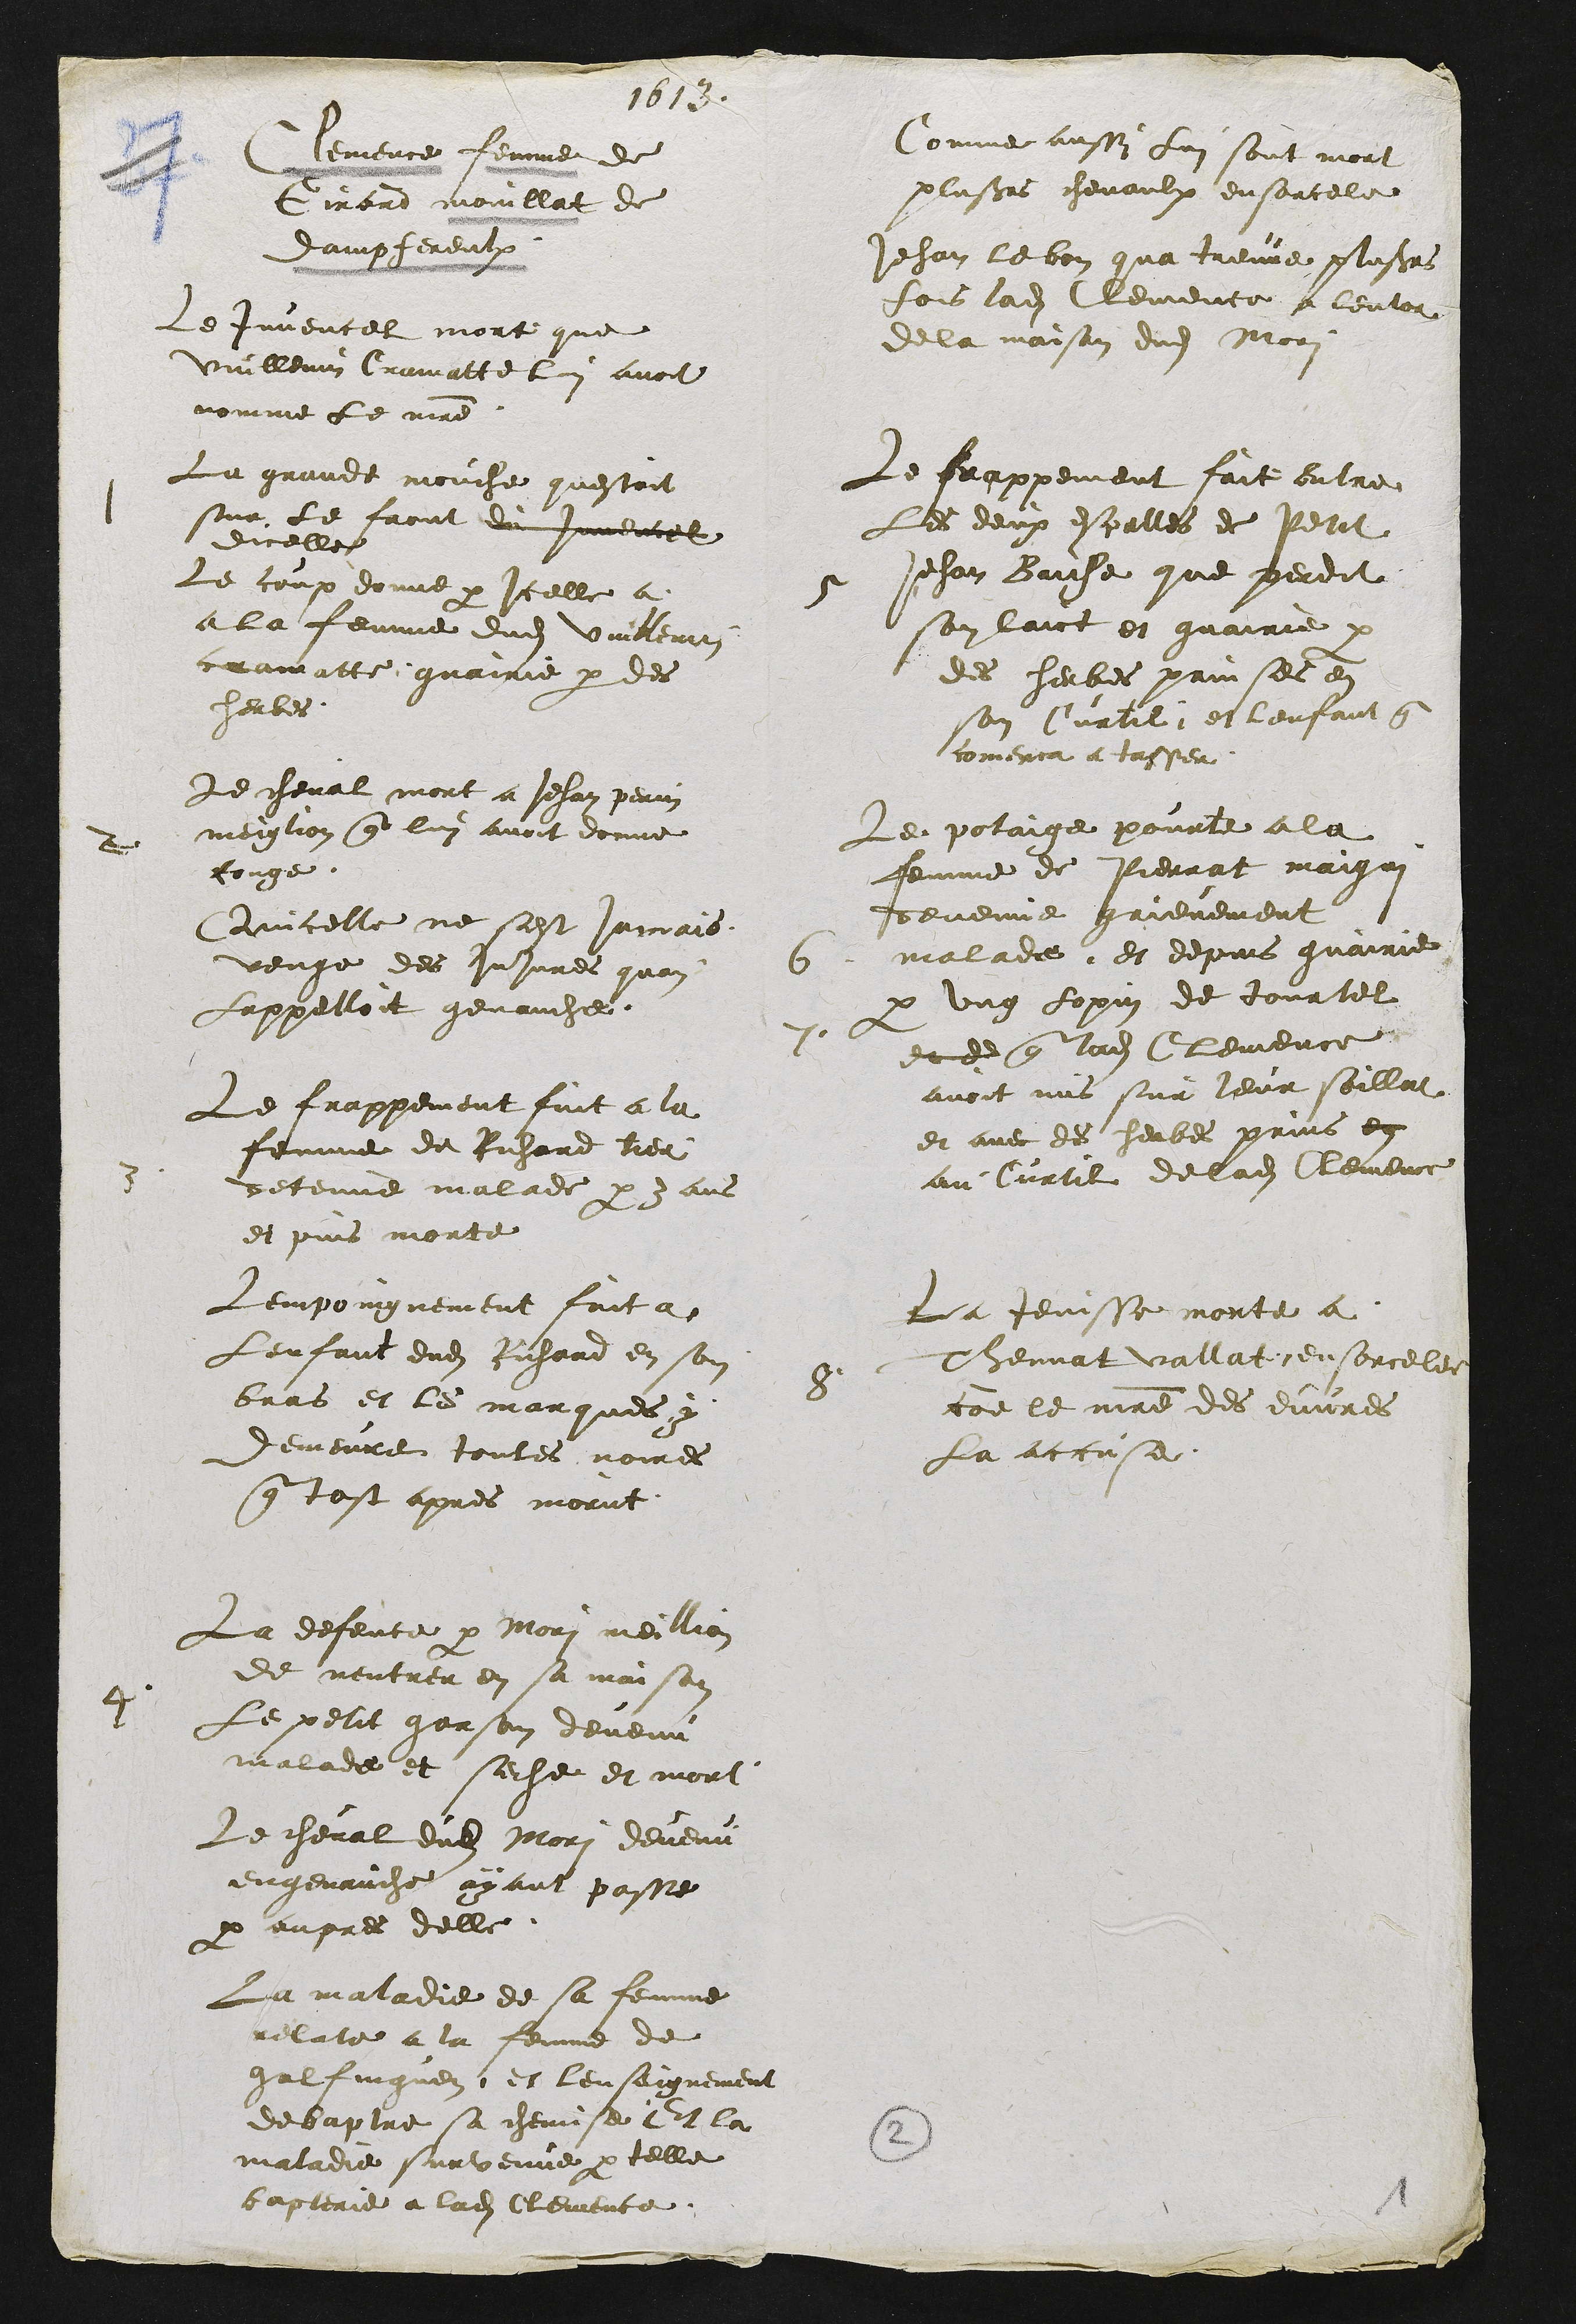
1613
Clemences femme de
Girard moullat de
dampfereulx
Le Juvencel mort que
Vuillemin Cramatte lui avoit
nomme le maitre
1
La grande mouche questoit
sur le front du juvencel
dicelle
Le componne par Icelle a
a la femme dudit villemin
ramatte guairie par des
herbes
2
Le cheval mort a Jehan perrin
meiglion que lui avoit donne
couge
Quicelle ne sest jaccais
venge des injures quon
Lappelloit genauche
3
Le frappement fut a la
femme de Richard tier
detenue malade par y ans
et puis morte
empoingnement fait a
Lenfant dudit Richard en son
bras et le marques y
demeure toutes noires
que tost apres morut
4
La defence par Mori maillion
de mentrer en sa maison
Le petit garson devenu
malade et seche et mort
Le cheval dudit Mor devenu
engenauche ayant passe
par aupres delle
La maladie de sa femme
relatte a la femme de
galfinguen et lenseignement
de baptre sa chevise Et la
maladie surtenne par telle
bapterie a ladite lemence
Comme aussi Lui sont mort
plusieurs chevaulx ensorcele
Jehan le bon qua treuve plusieurs
fois ladite lemence a lentor
de la maison dudit Mori
4
Le frappement fait entre
Les deux espalles de Petit
Jehan Baiche que perdit
son laict et guairie par
des herbes prinses et
son Curtil et lenfant que
comena a asser
5
Le polaige pourte a la
femme de Pierrat maigni
devenue grienement
malade et depuis guairie
1
par ung coppin de tourtel
et de que ladite lemence
avoit mis sur leur soillat
et avec des herbes prins en
au Curtil de ladite lemence
4
La Jevisse morte a
Thennat vallat ensorcele
come le maitre des envires
La accuse